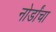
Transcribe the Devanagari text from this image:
नोर्डांचा